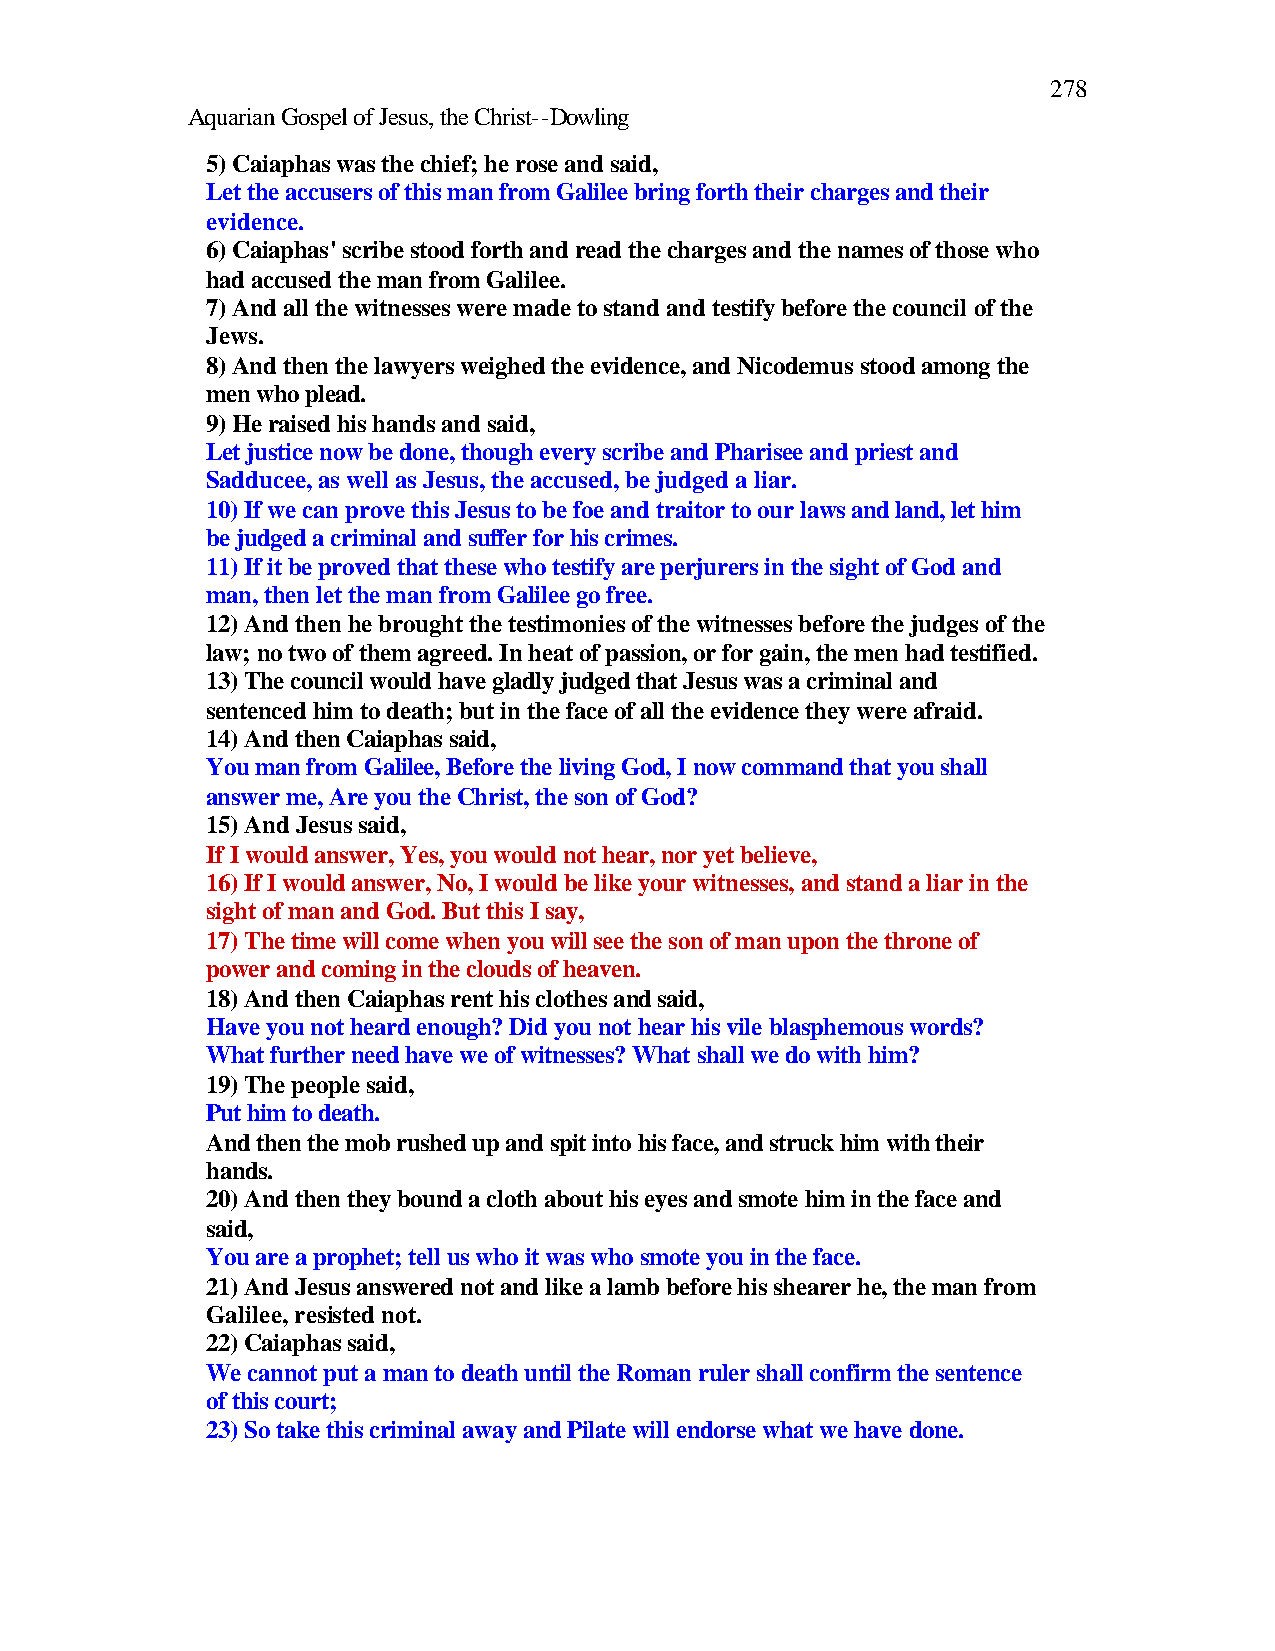
278
 Aquarian Gospel of Jesus, the Christ--Dowling
 5) Caiaphas was the chief; he rose and said,
 Let the accusers of this man from Galilee bring forth their charges and their
 evidence.
 6) Caiaphas' scribe stood forth and read the charges and the names of those who
 had accused the man from Galilee.
 7) And all the witnesses were made to stand and testify before the council of the
 Jews.
 8) And then the lawyers weighed the evidence, and Nicodemus stood among the
 men who plead.
 9) He raised his hands and said,
 Let justice now be done, though every scribe and Pharisee and priest and
 Sadducee, as well as Jesus, the accused, be judged a liar.
 10) If we can prove this Jesus to be foe and traitor to our laws and land, let him
 be judged a criminal and suffer for his crimes.
 11) If it be proved that these who testify are perjurers in the sight of God and
 man, then let the man from Galilee go free.
 12) And then he brought the testimonies of the witnesses before the judges of the
 law; no two of them agreed. In heat of passion, or for gain, the men had testified.
 13) The council would have gladly judged that Jesus was a criminal and
 sentenced him to death; but in the face of all the evidence they were afraid.
 14) And then Caiaphas said,
 You man from Galilee, Before the living God, I now command that you shall
 answer me, Are you the Christ, the son of God?
 15) And Jesus said,
 If I would answer, Yes, you would not hear, nor yet believe,
 16) If I would answer, No, I would be like your witnesses, and stand a liar in the
 sight of man and God. But this I say,
 17) The time will come when you will see the son of man upon the throne of
 power and coming in the clouds of heaven.
 18) And then Caiaphas rent his clothes and said,
 Have you not heard enough? Did you not hear his vile blasphemous words?
 What further need have we of witnesses? What shall we do with him?
 19) The people said,
 Put him to death.
 And then the mob rushed up and spit into his face, and struck him with their
 hands.
 20) And then they bound a cloth about his eyes and smote him in the face and
 said,
 You are a prophet; tell us who it was who smote you in the face.
 21) And Jesus answered not and like a lamb before his shearer he, the man from
 Galilee, resisted not.
 22) Caiaphas said,
 We cannot put a man to death until the Roman ruler shall confirm the sentence
 of this court;
 23) So take this criminal away and Pilate will endorse what we have done.